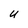
Character: U